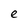
Character: e